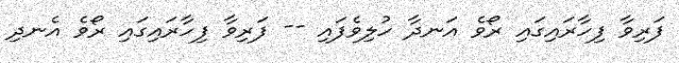
ފަރިވާ ފިހާރައިގައި ރޯވެ އަނދާ ހުލިވެފައި -- ފަރިވާ ފިހާރައިގައި ރޯވެ އެނދި